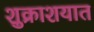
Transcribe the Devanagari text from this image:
शुक्राशयात